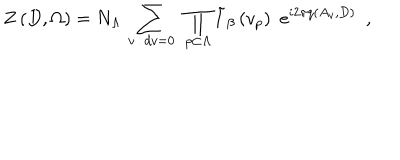
\left. Z \, ( D , \Omega ) = N _ { \Lambda } \, \sum _ { v \, : \, d v = 0 } \ \prod _ { p \subset \Lambda } \tilde { I } _ { \beta } \, ( v _ { p } ) \ \ e ^ { i 2 \pi q ( A _ { v } , D ) } \ \ , \right.